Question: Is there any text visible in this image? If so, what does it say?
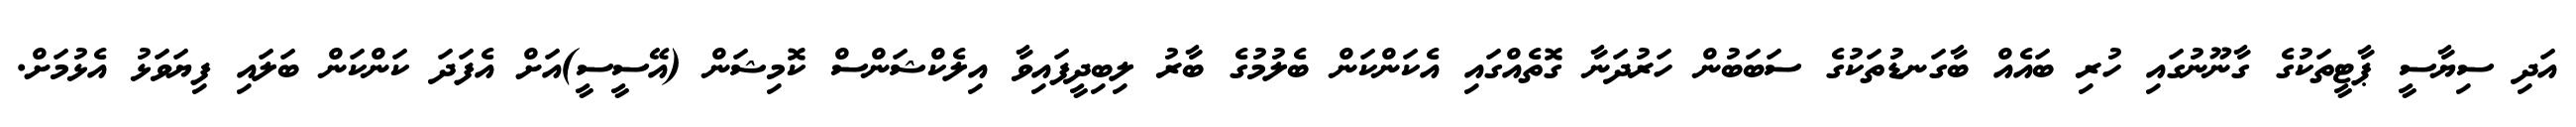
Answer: އަދި ސިޔާސީ ޕާޓީތަކުގެ ގާނޫނުގައި ހުރި ބައެއް ބާގަނޑުތަކުގެ ސަބަބުން ހަރުދަނާ ގޮތެއްގައި އެކަންކަން ބެލުމުގެ ބާރު ލިބިދީފައިވާ އިލެކްޝަންސް ކޮމިޝަން (އޭސީސީ)އަށް އެފަދަ ކަންކަން ބަލައި ފިޔަވަޅު އެޅުމަށް.